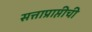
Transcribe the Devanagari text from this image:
सत्ताप्राप्तीची